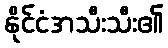
နိုင်ငံအသီးသီး၏